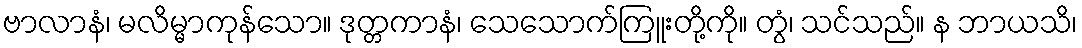
ဗာလာနံ၊ မလိမ္မာကုန်သော။ ဒုတ္တကာနံ၊ သေသောက်ကြူးတို့ကို။ တွံ၊ သင်သည်။ န ဘာယသိ၊